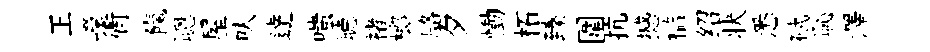
王嶸衢餼聰屋㕥逹嗤聴褚榔駱夕慟柘臻圍抗撼槛绍状悉碔恥澤